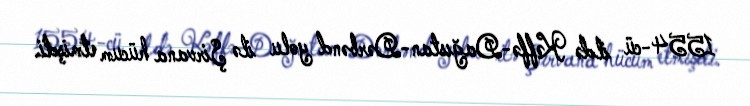
1554-cü ildə Kəffə-Dağıstan-Dərbənd yolu ilə Şirvana hücum etmişdi.